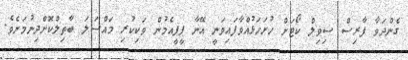
ގެންދަވާ ފާރިސް ސިވިލް ކޯޓަށް ހުށަހަޅުއްވާފައިވަނީ އޭނާ ޕީޕީއެމުން ވަކިކުރި މައްސަލަ ބާތިލްކޮށްދިނުމަށެވެ.